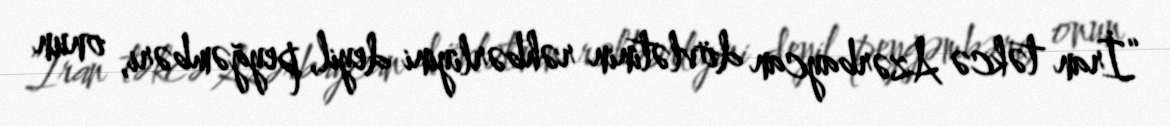
“İran təkcə Azərbaycan dövlətinin rəhbərliyini deyil, peyğəmbəri, onun